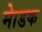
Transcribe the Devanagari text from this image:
माेडक